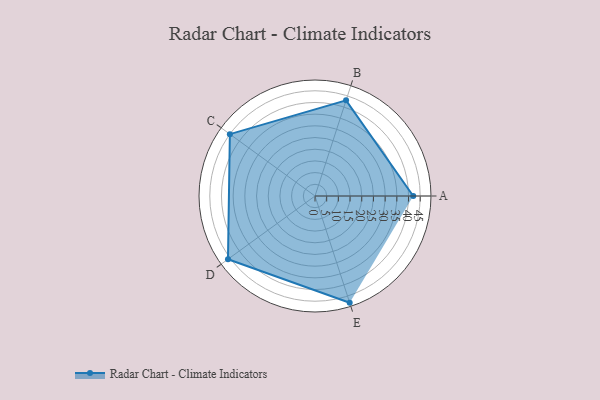
{"axis": {"x": "Skill", "y": "Score"}, "legend": ["Profile"], "data": [{"x": "A", "y": 42.0, "type": "Profile"}, {"x": "B", "y": 43.0, "type": "Profile"}, {"x": "C", "y": 45.0, "type": "Profile"}, {"x": "D", "y": 46.0, "type": "Profile"}, {"x": "E", "y": 48.0, "type": "Profile"}]}